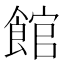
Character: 館